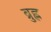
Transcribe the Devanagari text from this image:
ब्रुह्ल